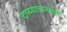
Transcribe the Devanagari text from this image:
टप्य्याटप्य्याने